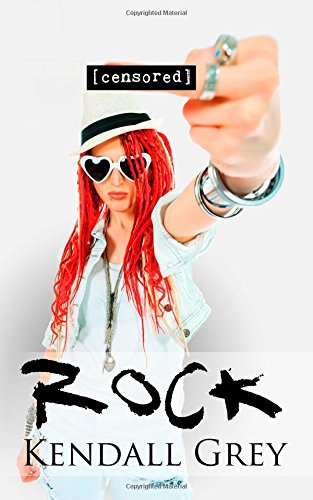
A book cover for Rock (Hard Rock Harlots) (Volume 4); Kendall Grey; Romance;